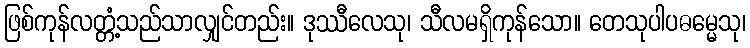
ဖြစ်ကုန်လတ္တံ့သည်သာလျှင်တည်း။ ဒုဿီလေသု၊ သီလမရှိကုန်သော။ တေသုပါပဓမ္မေသု၊